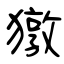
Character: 獤